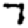
Digit: 7